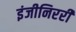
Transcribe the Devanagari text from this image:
इंजीनिररी